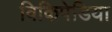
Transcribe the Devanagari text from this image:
विकिपेडिया